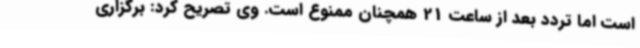
است اما تردد بعد از ساعت 21 همچنان ممنوع است. وی تصریح کرد: برگزاری